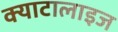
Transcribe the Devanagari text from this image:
क्याटालाइज